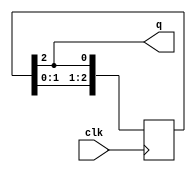
(* top *)
module rotate_3 (input clk, output q);
reg [2:0] r;
initial r = 3'b101;
always @(posedge clk)
    r <= {r[1:0], r[2]};
assign q = r[2];
endmodule

`ifndef _AUTOTB
module __test ;
    wire [4095:0] assert_area = "cd rotate_3; select t:SRL* -assert-count 1; select t:FD* -assert-none";
endmodule
`endif